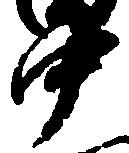
中